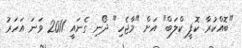
"ބޮއްކުރާ ކޮފީ ކްލަބް" އަށް "މާޖެހި" ދޯނި ގެނައީ 2011 ވަނަ އަހަރު